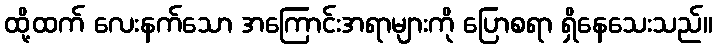
ထို့ထက် လေးနက်သော အကြောင်းအရာများကို ပြောစရာ ရှိနေသေးသည်။